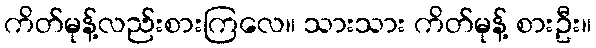
ကိတ်မုန့်လည်းစားကြလေ။ သားသား ကိတ်မုန့် စားဦး။